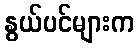
နွယ်ပင်များက